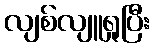
လျစ်လျူရှုပြီး